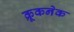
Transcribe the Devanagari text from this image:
क्रूकनेक